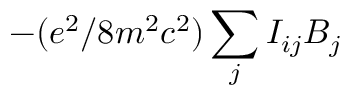
- ( e ^ { 2 } / 8 m ^ { 2 } c ^ { 2 } ) \sum _ { j } I _ { i j } B _ { j }